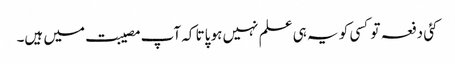
کئی دفعہ تو کسی کو یہ ہی علم نہیں ہو پاتا کہ آپ مصیبت میں ہیں۔